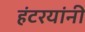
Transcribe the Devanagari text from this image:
हंटरयांनी